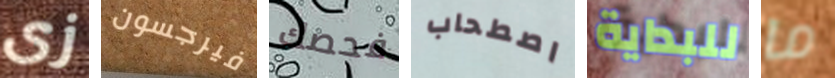
زى فيرجسون فحصك اصطحاب للبداية ما